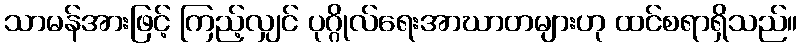
သာမန်အားဖြင့် ကြည့်လျှင် ပုဂ္ဂိုလ်ရေးအာဃာတများဟု ထင်စရာရှိသည်။